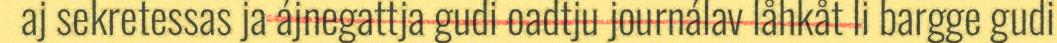
aj sekretessas ja ájnegattja gudi oadtju journálav låhkåt li bargge gudi